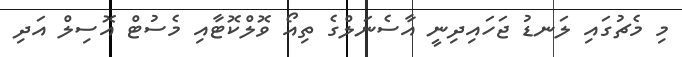
މި މެޗުގައި ލަނޑު ޖަހައިދިނީ އާސެނަލްގެ ތިއޯ ވޮލްކޮޓާއި މެސުޓް އޮސިލް އަދި